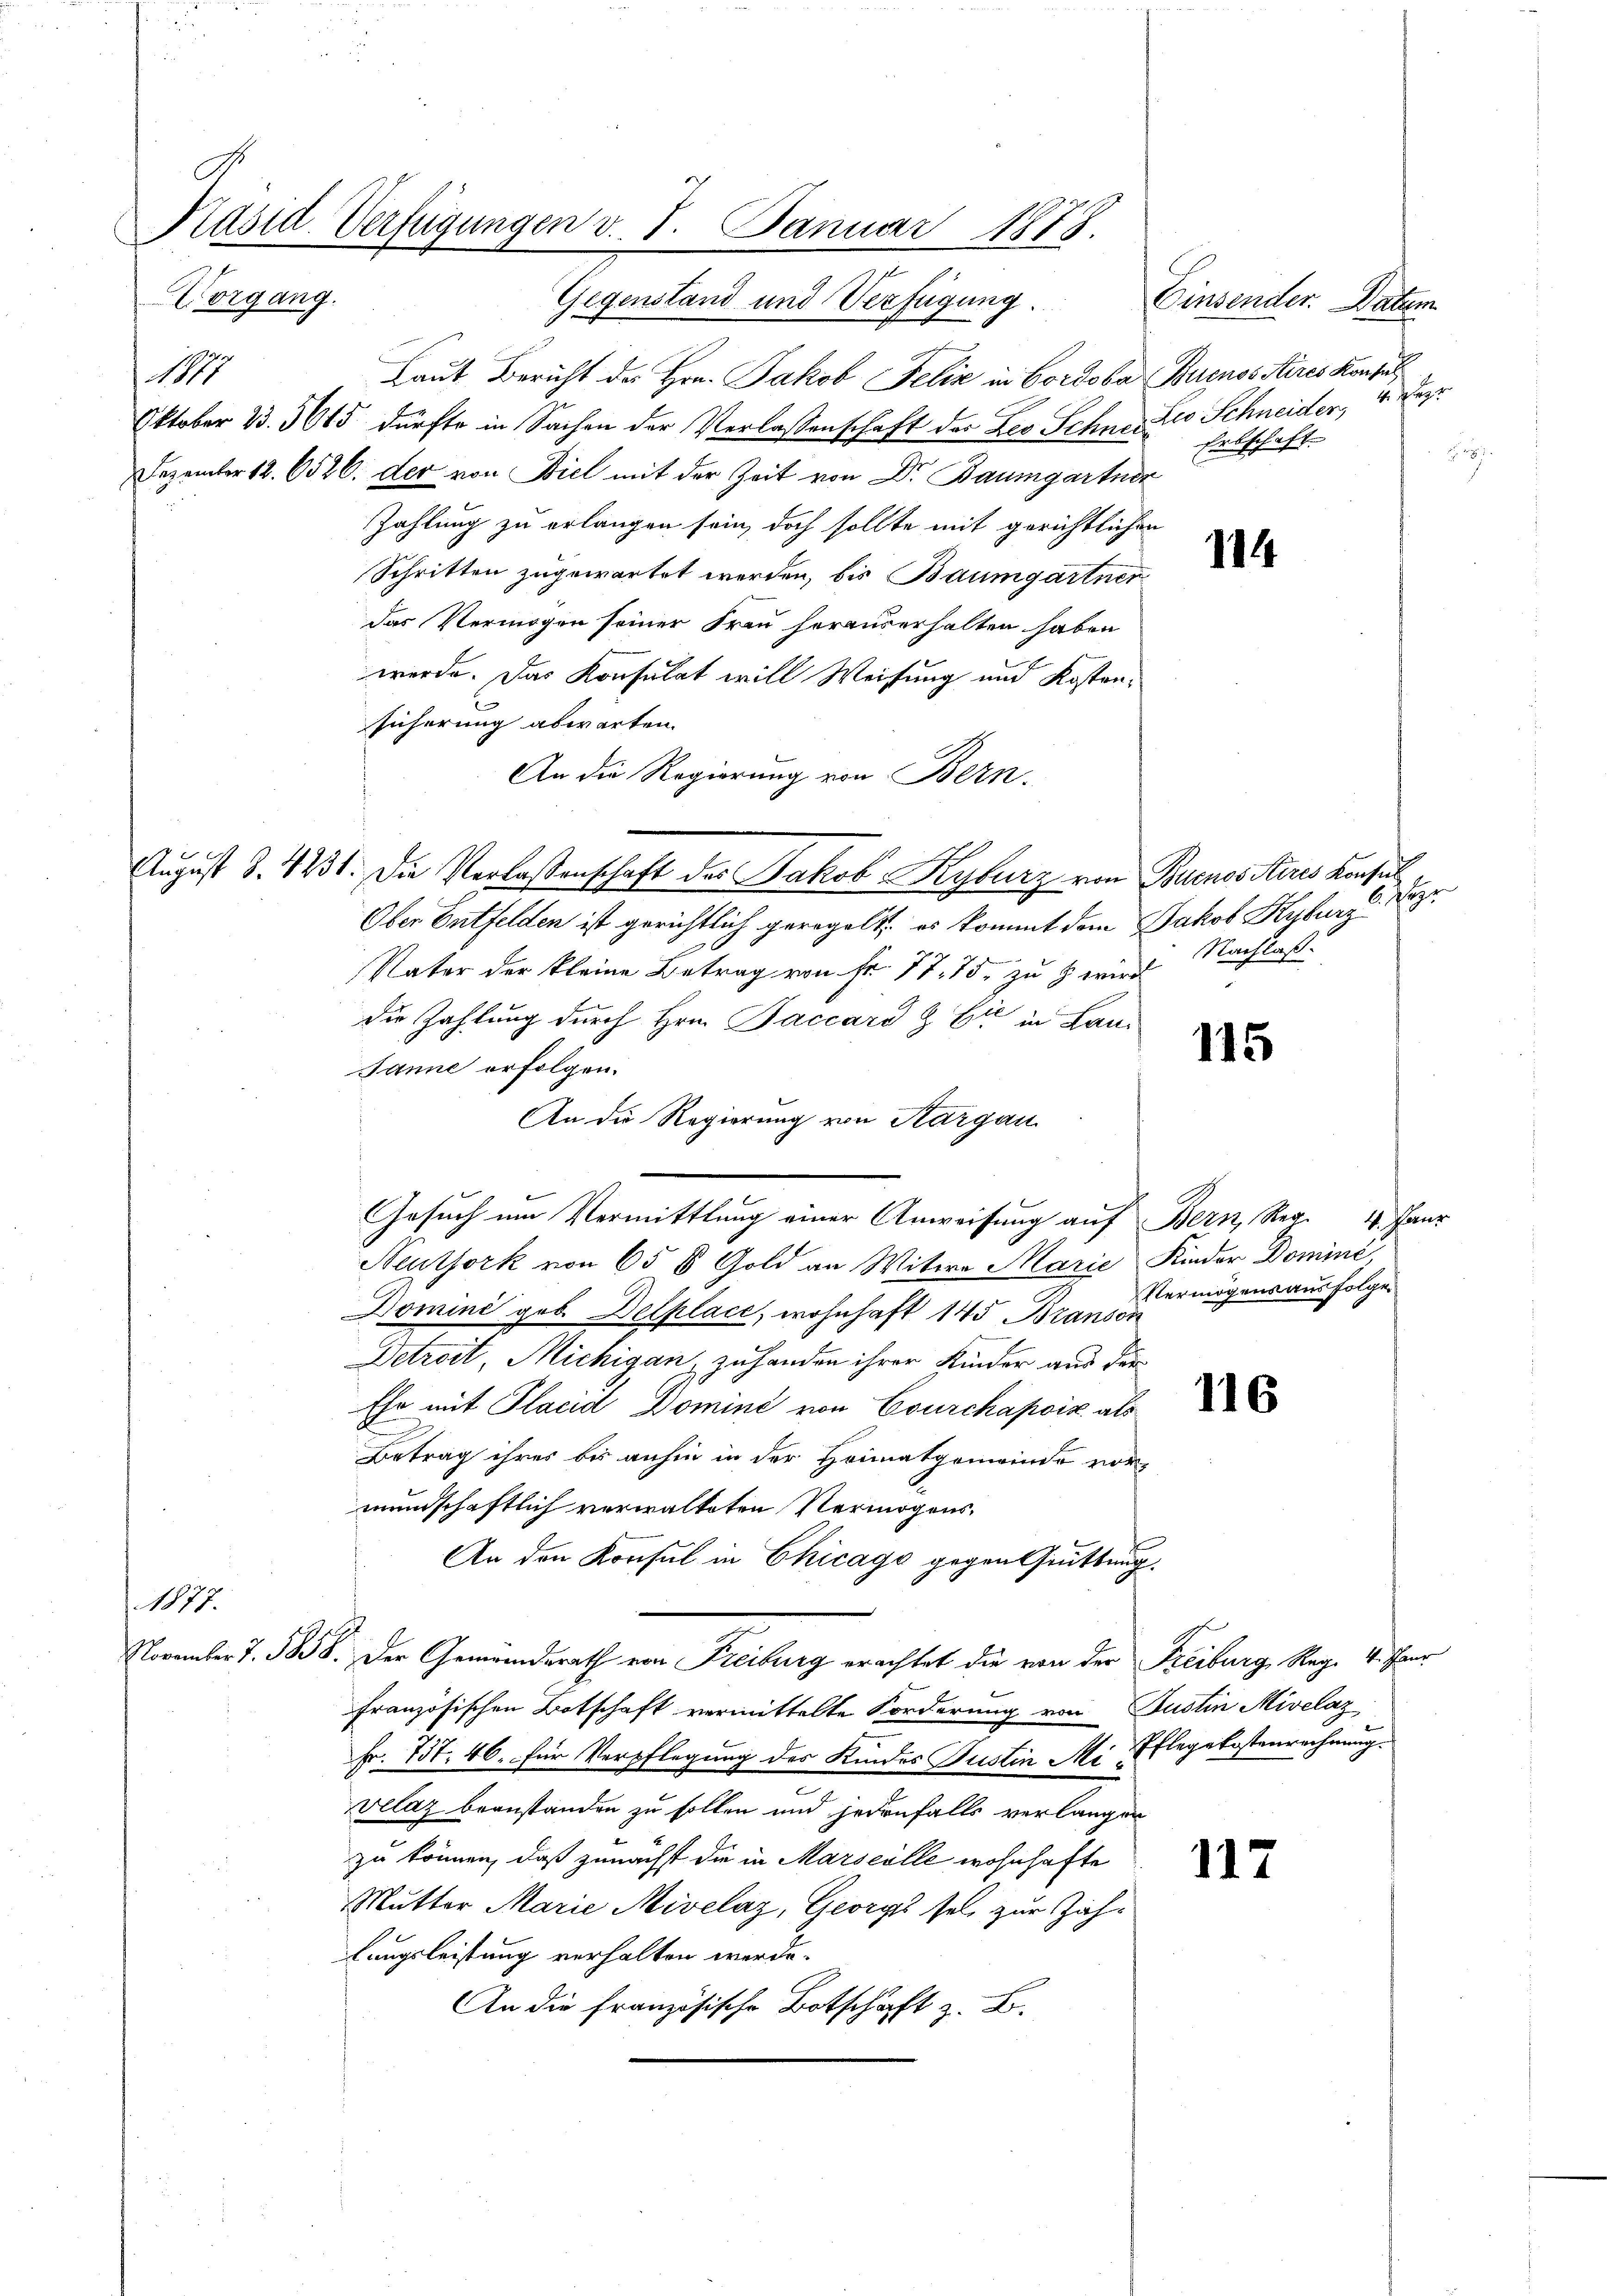
Präsid. Verfügungen v. 7. Januar 1873.
Vorgang.

Gegenstand und Verfügung.
1877
Laut Bericht des Hrn. Jakob Felix in Cordoba Buenos Aires Konsul
Oktober 23. 3615 dürfte in Sachen der Verlassenschaft der Des Schne. Die Schneider,
Dezember 12. 6526. der von Biel mit der Zeit von Dr Baumgartner
Zahlung zu erlangen sein, doch sollte mit gerichtlichen
Schritten zugewartet werden, bis Baumgartner
das Vermögen seiner Frau herauserhalten haben
werde. Das Konsulat will Weisung und Kostensicherung abwarten.
An die Regierung von Bern.
August S. 4231. Die Verlassenschaft der Jakob Kyburz von Buenos iteres Konsul
Ober Entfelden ist gerichtlich geregelt es kommt dem Jakob Kyburg
Vater der kleine Betrag von Fr. 77. 75. zu 3 wird
die Zahlung durch Hrn. Faccard & Cie in Lan¬
Janne erfolgen.
An die Regierung von Aargau
Gesuch um Vermittlung einer Anweisung auf Bern, Reg. 4. Janr
Neuthork von 65 § Gold an Witwe Marie Kinder Dominé,
Domini geb. Delplace, wohnhaft 145 Branson
Detroit, Michigan, zu handen ihrer Kinder aus der
Ehe mit Placid Domine von Courchapsik als
Betrag ihres bis anhin in der Heimatgemeinde vor-
mundschaftlich verwalteten Vermögens¬
An den Konsul in Chicago gegen Grüttung.
1877.
November 7. 588. Der Gemeindsrath von Freiburg erachtet die von der Freiburg, Reg. 4. Paur
französischen Botschaft vermittelte Forderung von Justin Mivelaz
Fr. 737. 46. für Verpflegung des Kindes Justin Mi Pflegekostenrechnung.
velaz beanstanden zu sollen und jedenfalls verlangen
zu können, daß zunächst die in Marseille wohnhafte
Mutter Marie Mivelaz, Georges sei zur Zahlungsleistung verhalten werde.
An die französische Botschaft z. B.

Einsender. Datum
ufge
Erbschaft.
8

114

Nachlaß.

115

116

Her

Vermögensausfolge